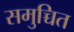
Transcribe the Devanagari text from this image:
समुच्चित